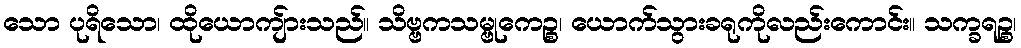
သော ပုရိသော၊ ထိုယောကျ်ားသည်။ သိဗ္ဗကသမ္ဗုကေဉ္စ၊ ယောက်သွားခရုကိုလည်းကောင်း။ သက္ခရဉ္စ၊